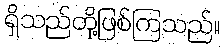
ရှိသည်တို့ဖြစ်ကြသည်။